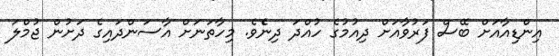
އިންޑިއާއަށް ބޭސް ފަރުވާއަށް ދިއުމުގެ ހުއްދަ ދިނެެވެ. މިހާތަނަށް އާސަންދައިގެ ދަށުން ޖުމްލަ